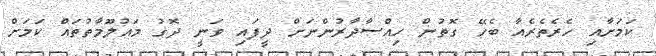
ކަމަށާއި ހެރެތެރެއާ ބެހޭ ގޮތުން ހިއްސާދާރުންނަށް ދީފައި ވަނީ ދޮގު މައުލޫމާތުތައް ކަމަށް